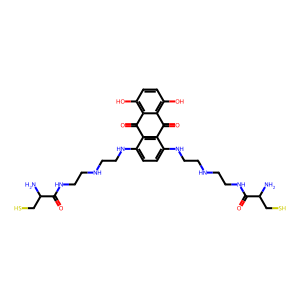
SMILES: NC(CS)C(=O)NCCNCCNc1ccc(NCCNCCNC(=O)C(N)CS)c2c1C(=O)c1c(O)ccc(O)c1C2=O
Inhibits HIV replication: No